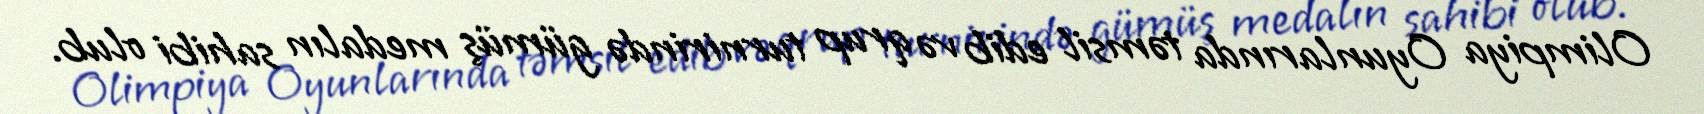
Olimpiya Oyunlarında təmsil edib və qrup turnirində gümüş medalın sahibi olub.